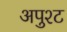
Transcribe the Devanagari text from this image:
अपुश्ट